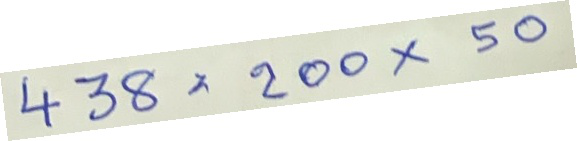
438 = 200x50